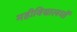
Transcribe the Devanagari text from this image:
महीविद्यालयों